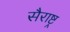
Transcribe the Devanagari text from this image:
सैराष्ट्र